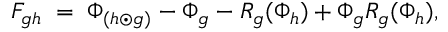
F _ { g h } \; = \; \Phi _ { ( h \odot g ) } - \Phi _ { g } - R _ { g } ( \Phi _ { h } ) + \Phi _ { g } R _ { g } ( \Phi _ { h } ) ,